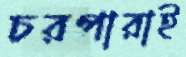
চরপারাই